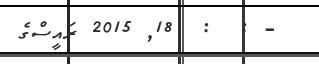
- :  :  18